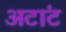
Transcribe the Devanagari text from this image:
अटांट